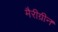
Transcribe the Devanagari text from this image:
मैरीग्रीन